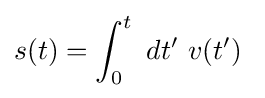
s(t)=\int _{0}^{t}\ dt^{\prime }\ v(t^{\prime })\